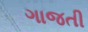
ગાજતી